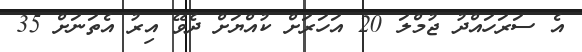
އެ ސަރަހައްދު ޖުމްލަ 20 އަހަރަށް ކުއްޔަށް ދެވޭ އިރު އެތަނަށް 35